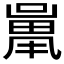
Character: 𱔱